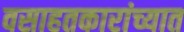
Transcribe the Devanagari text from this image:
वसाहतकारांच्यात